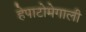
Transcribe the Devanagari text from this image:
हेपाटोमेगाली